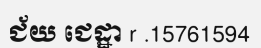
ជ័យ ជេដ្ឋា r .15761594